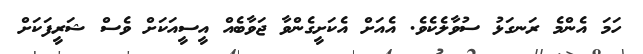
ހަމަ އެންމެ ރަނގަޅު ސުވާލެކެވެ. އެއަށް އެކަށީގެންވާ ޖަވާބެއް އީސީއަކަށް ވެސް ޝަރީފަކަށް